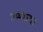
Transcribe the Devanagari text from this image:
ज्य्य्यादा